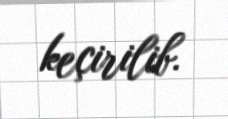
keçirilib.